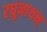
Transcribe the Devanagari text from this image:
रघुनाथन्